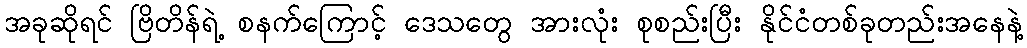
အခုဆိုရင် ဗြိတိန်ရဲ့ စနက်ကြောင့် ဒေသတွေ အားလုံး စုစည်းပြီး နိုင်ငံတစ်ခုတည်းအနေနဲ့